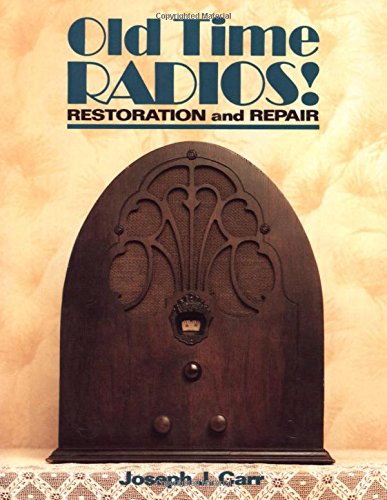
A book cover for Old Time Radios! Restoration and Repair; Joseph Carr; Crafts, Hobbies & Home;